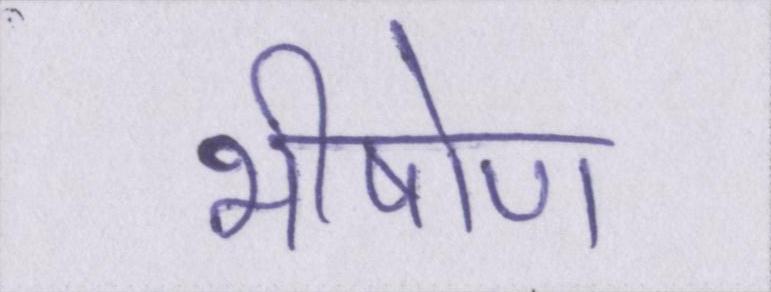
भीषोण